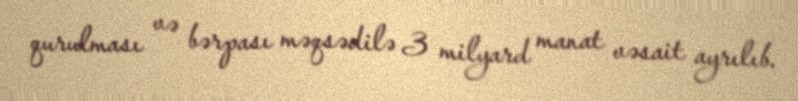
qurulması və bərpası məqsədilə 3 milyard manat vəsait ayrılıb.